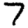
Digit: 7